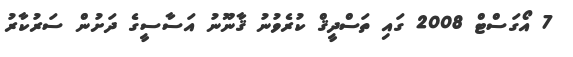
7 އޯގަސްޓް 2008 ގައި ތަސްދީޤް ކުރެވުނު ޤާނޫނު އަސާސީގެ ދަށުން ސަރުކާރު